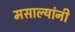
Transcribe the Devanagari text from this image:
मसाल्यांनी